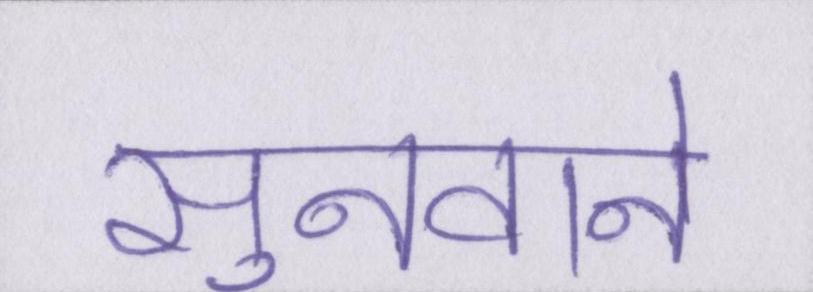
सुनवाने